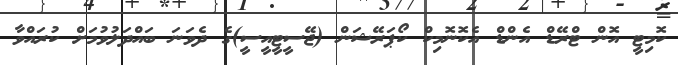
ކޮމިޓީ އޮން ޓްރޭޑް އެންޑް އެކޮނޮމިކް ކޯޕަރޭޝަން (ޖޭސީޓީއީސީ)ގެ ދެވަނަ ބައްދަލުވުމަށް ކުރައްވާ